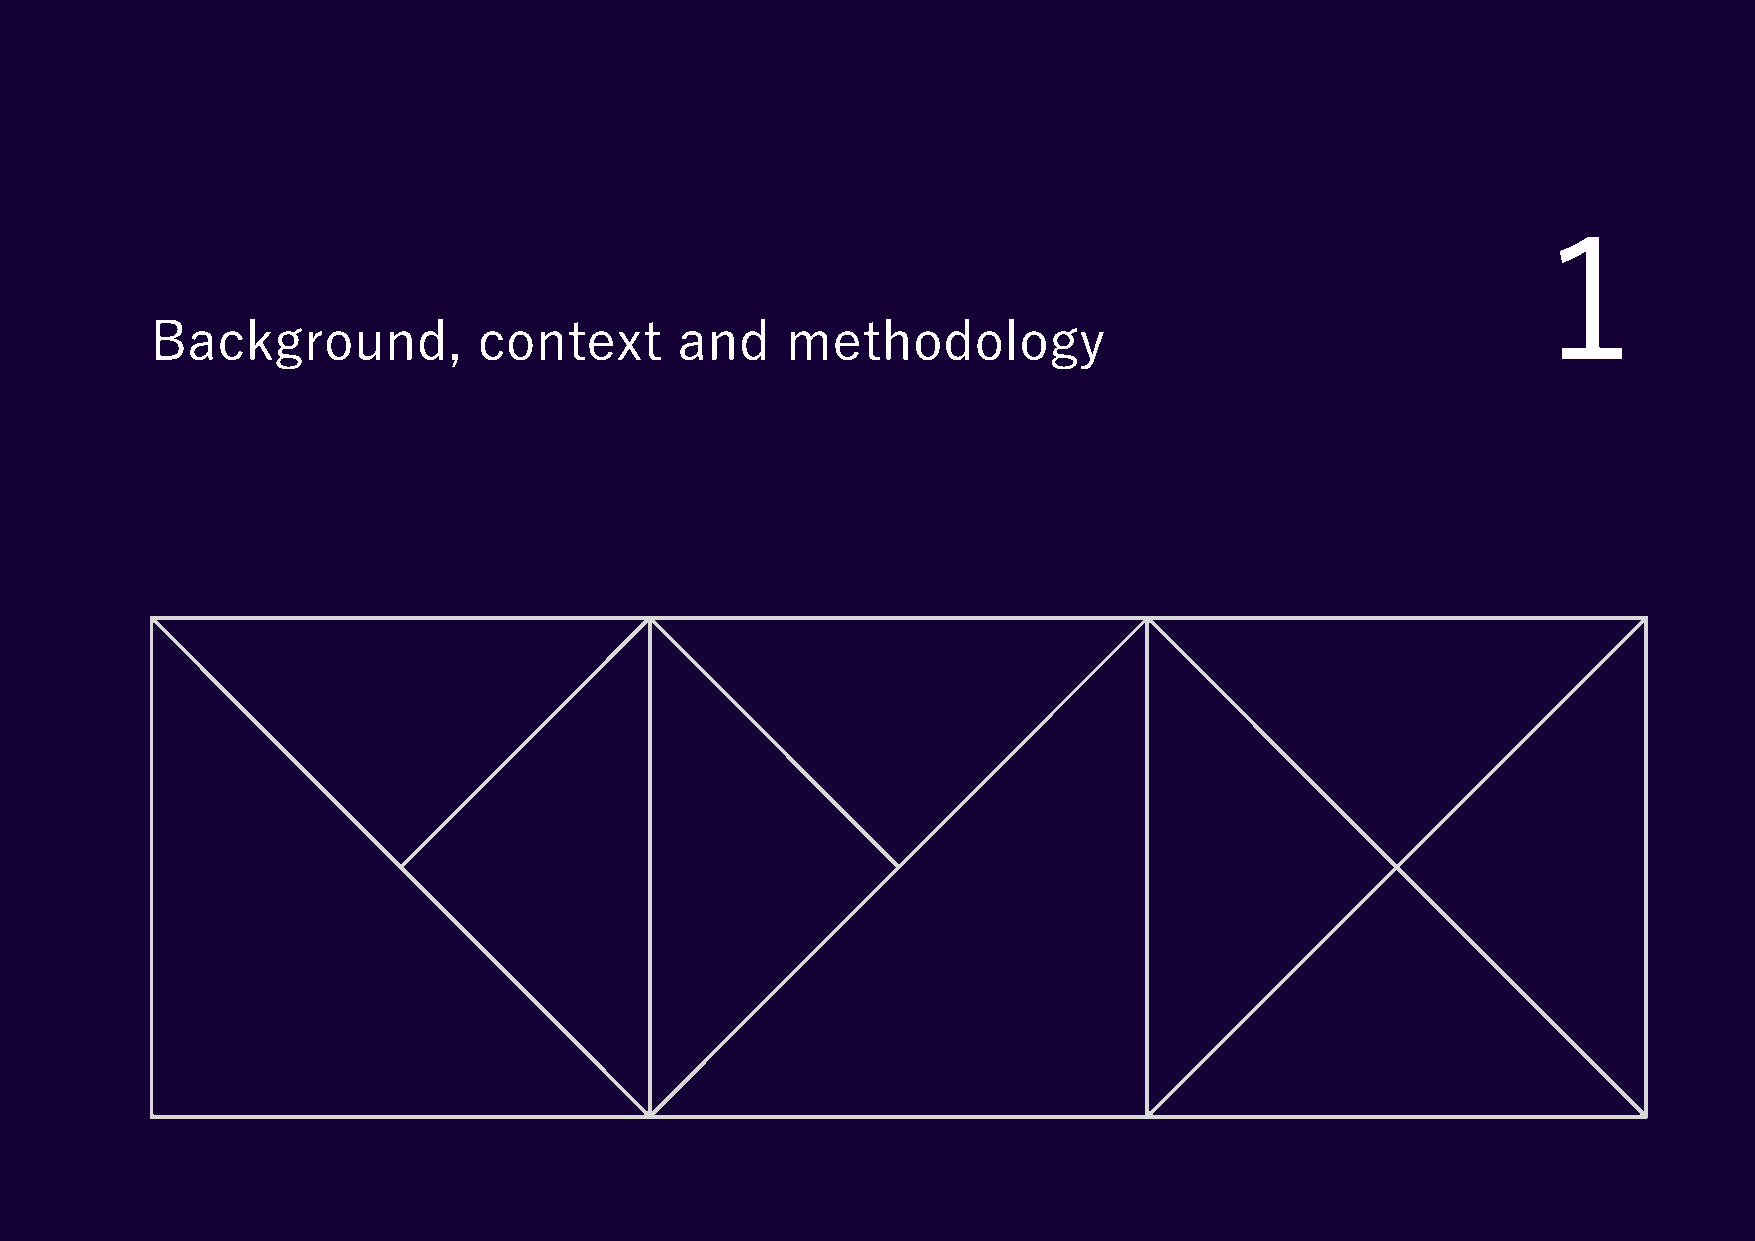
1
 1    Background,           context      and    methodology